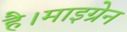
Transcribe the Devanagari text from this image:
है।माइग्रेन